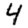
Digit: 4